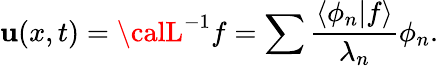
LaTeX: \mathbf{u}(x,t)={\calL}^{-1}f=\sum\frac{{\langle\phi_{n}|f\rangle}}{{\lambda_{n}}}\phi_{n}.